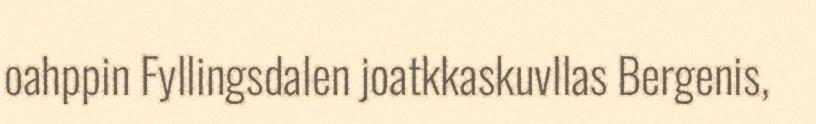
oahppin Fyllingsdalen joatkkaskuvllas Bergenis,